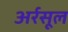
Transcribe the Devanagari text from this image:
अर्रसूल